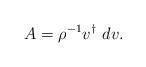
LaTeX: \begin{align*}A=\rho^{-1} v^\dagger\ d v.\end{align*}